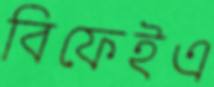
বিফেইএ